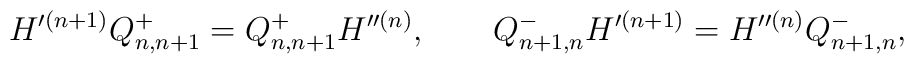
H'^{(n+1)} Q^+_{n,n+1} = Q^+_{n,n+1} H''^{(n)}, \qquad Q^-_{n+1,n} H'^{(n+1)}=  H''^{(n)} Q^-_{n+1,n},